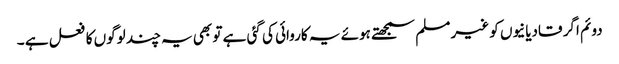
دوئم اگر قادیانیوں کو غیر مسلم سمجھتے ہوئے یہ کاروائی کی گئی ہے تو بھی یہ چند لوگوں کا فعل ہے ۔